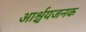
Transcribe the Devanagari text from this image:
आर्श्चयजनक